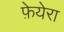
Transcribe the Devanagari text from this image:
फ़ेयेरा